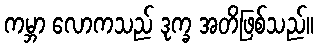
ကမ္ဘာ လောကသည် ဒုက္ခ အတိဖြစ်သည်။